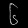
Digit: ၆